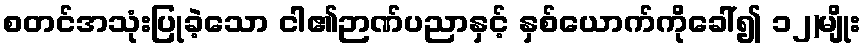
စတင်အသုံးပြုခဲ့သော ငါ၏ဉာဏ်ပညာနှင့် နှစ်ယောက်ကိုခေါ်၍ ၁၂)မျိုး